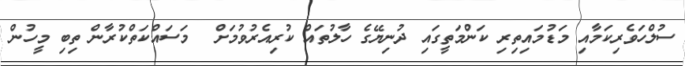
ސުލްހަވެރިކަމާއި މަޑުމައިތިރި ކަންމަތީގައި ދުނިޔޭގެ ހާލުތައް ކުރިއެރުވުމަށް  މަސައްކަތްކުރާން ތިބި މީހުން